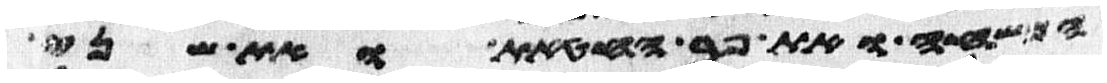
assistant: המשחה ואת פר החטאת ואת שני